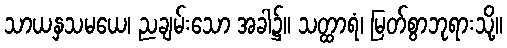
သာယနှသမယေ၊ ညချမ်းသော အခါ၌။ သတ္ထာရံ၊ မြတ်စွာဘုရားသို့။